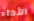
الأداء